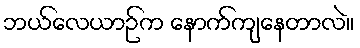
ဘယ်လေယာဉ်က နောက်ကျနေတာလဲ။